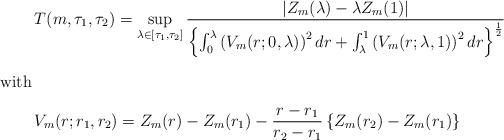
LaTeX: \begin{align*}&T(m, \tau_1, \tau_2)=\sup\limits_{\lambda\in \left[\tau_1, \tau_2\right]}\frac{ \left|Z_m(\lambda)-\lambda Z_m(1)\right|}{\Bigl\{\int_0^{\lambda}\left(V_m(r; 0, \lambda)\right)^2dr+\int_{\lambda}^1 \left(V_m(r; \lambda, 1)\right)^2dr\Bigr\}^{\frac{1}{2}}}\intertext{with}&V_m(r; r_1, r_2)=Z_m(r)-Z_m(r_1)-\frac{r-r_1}{r_2-r_1}\left\{Z_m(r_2)-Z_m(r_1)\right\}\end{align*}